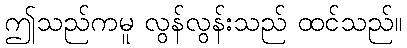
ဤသည်ကမူ လွန်လွန်းသည် ထင်သည်။